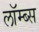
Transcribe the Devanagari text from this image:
लॉम्ब्स